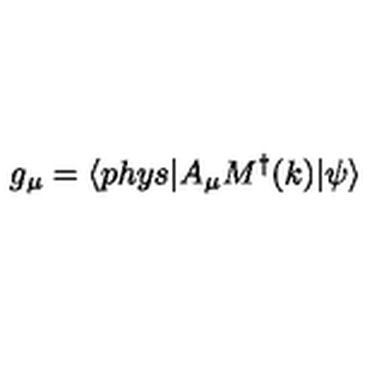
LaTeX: g _ { \mu } = \langle p h y s | A _ { \mu } M ^ { \dagger } ( k ) | \psi \rangle